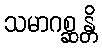
သမာဂစ္ဆန္တိ